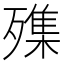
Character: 㱷